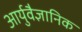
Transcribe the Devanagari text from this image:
आर्युवैज्ञानिक